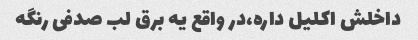
داخلش اکلیل داره،در واقع یه برق لب صدفی رنگه